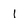
Character: 1